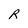
Character: R